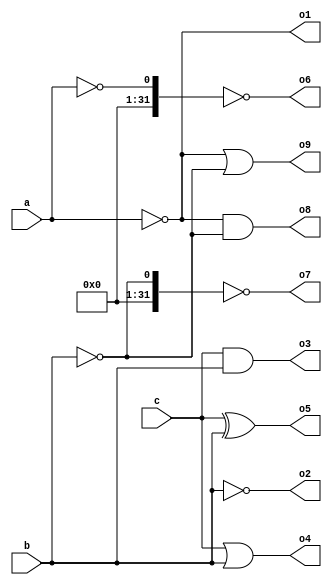
module logic_gld (
  input        a,
  input  [2:0] b,
  input  [2:0] c,
  output       o1,
  output [2:0] o2,
  output [2:0] o3,
  output [2:0] o4,
  output [2:0] o5,
  output       o6,
  output       o7,
  output       o8,
  output       o9
);

assign o1 = ~a;
assign o2 = ~b;
assign o3 = c & b;
assign o4 = c | b;
assign o5 = c ^ b;
assign o6 = !a == 0 ; // o6 = !a
assign o7 = !b == 0 ; // o7 = !b
wire   t1 = a == 0;
wire   t2 = b == 0;
assign o8 = t1 && t2;
assign o9 = t1 || t2;

endmodule